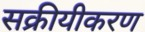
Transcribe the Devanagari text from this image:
सक्रीयीकरण